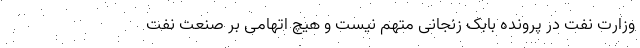
وزارت نفت در پرونده بابک زنجانی متهم نیست و هیچ اتهامی بر صنعت نفت